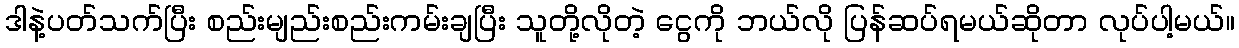
ဒါနဲ့ပတ်သက်ပြီး စည်းမျည်းစည်းကမ်းချပြီး သူတို့လိုတဲ့ ငွေကို ဘယ်လို ပြန်ဆပ်ရမယ်ဆိုတာ လုပ်ပါ့မယ်။